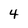
Character: 4